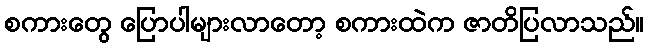
စကားတွေ ပြောပါများလာတော့ စကားထဲက ဇာတိပြလာသည်။